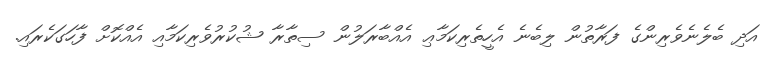
އަދި ބެލެނެވެރިންގެ ފަރާތުން ލިބެނެ އެހީތެރިކަމާޢި އެއްބާރަލުން ސިތާރާ ޝުކުރުވެރިކަމާއި އެއްކޮށް ފާހަގަކެރައި.